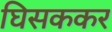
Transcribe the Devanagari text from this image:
घिसककर